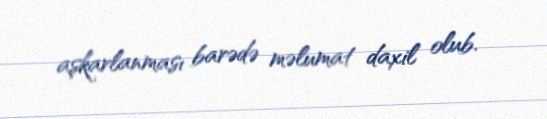
aşkarlanması barədə məlumat daxil olub.